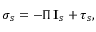
\boldsymbol { \sigma } _ { s } = - \Pi \, \mathbf { I } _ { s } + \boldsymbol { \tau } _ { s } ,